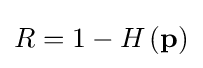
R=1-H\left(\mathbf {p} \right)